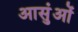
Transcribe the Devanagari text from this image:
आसुंओं